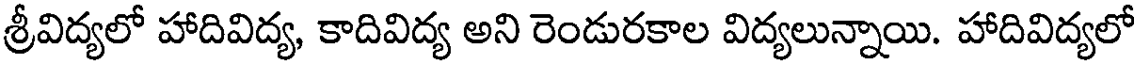
శ్రీవిద్యలో హాదివిద్య, కాదివిద్య అని రెండురకాల విద్యలున్నాయి. హాదివిద్యలో